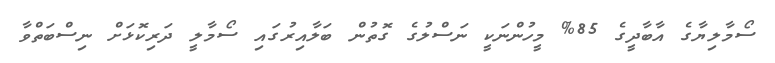
ސޯމާލިޔާގެ އާބާދީގެ 85% މީހުންނަކީ ނަސްލުގެ ގޮތުން ބަލާއިރުގައި ސޯމާލީ ދަރިކޮޅަށް ނިސްބަތްވާ